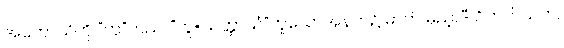
အဟောသိကို “ဟူ”တည်၊ “ဟူ=သတ္တာယံ”ဟူသောအနက်၌ ဓာတ် မှည့်, -ီ ဝိဘတ်သက်,